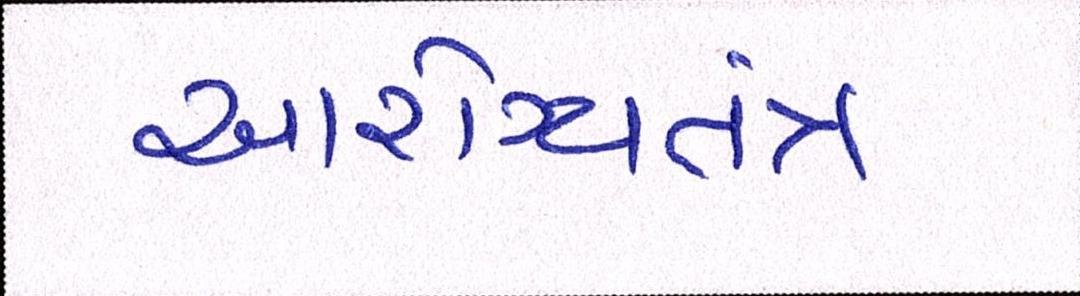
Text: આરોગ્યતંત્ર